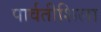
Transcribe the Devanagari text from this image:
पार्वतीशिला